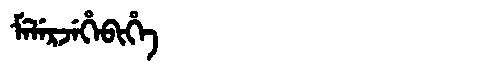
Manchu: ᠮᡝᠯᡝᡵᠵᡝᡥᡝᠪᡳᡥᡝ
Romanization: MELERJEHEBIHE